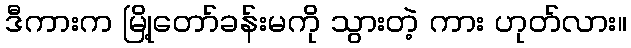
ဒီကားက မြို့တော်ခန်းမကို သွားတဲ့ ကား ဟုတ်လား။